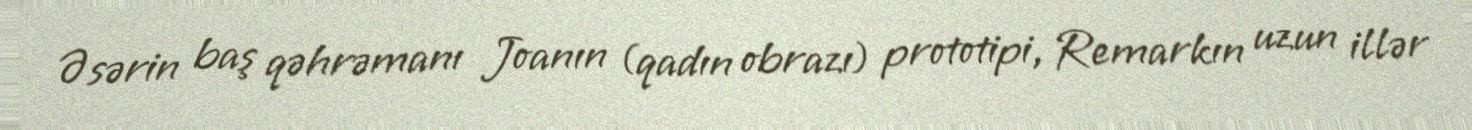
Əsərin baş qəhrəmanı Joanın (qadın obrazı) prototipi, Remarkın uzun illər